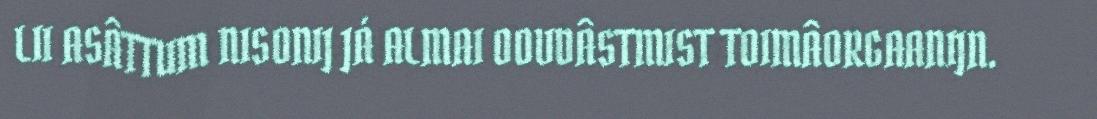
LII ASÂTTUM NISONIJ JÁ ALMAI OOVDÂSTMIST TOIMÂORGAANIJN.